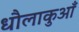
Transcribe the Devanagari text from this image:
धौलाकुआँ